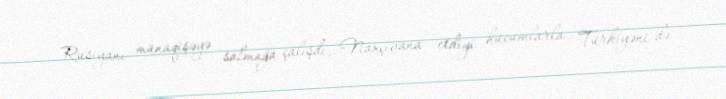
Rusiyanı münaqişəyə salmağa çalışdı, Naxçıvana etdiyi hücumlarla Türkiyəni də